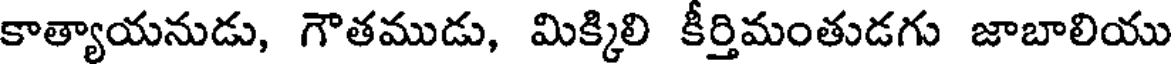
కాత్యాయనుడు, గౌతముడు, మిక్కిలి కీర్తిమంతుడగు జాబాలియు